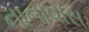
નાનાવાસ